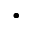
\cdot